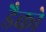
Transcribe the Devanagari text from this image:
डैको